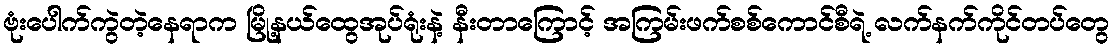
ဗုံးပေါက်ကွဲတဲ့နေရာက မြို့နယ်ထွေအုပ်ရုံးနဲ့ နီးတာကြောင့် အကြမ်းဖက်စစ်ကောင်စီရဲ့ လက်နက်ကိုင်တပ်တွေ